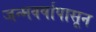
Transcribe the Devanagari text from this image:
जन्मवर्षापासून